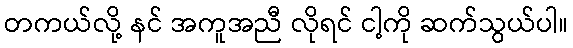
တကယ်လို့ နင် အကူအညီ လိုရင် ငါ့ကို ဆက်သွယ်ပါ။